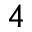
\mathfrak { 4 }